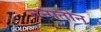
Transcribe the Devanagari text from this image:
तनातीन